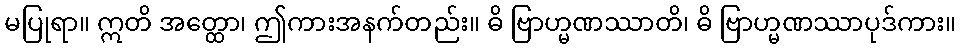
မပြုရာ။ ဣတိ အတ္ထော၊ ဤကားအနက်တည်း။ ဓိ ဗြာဟ္မဏဿာတိ၊ ဓိ ဗြာဟ္မဏဿာပုဒ်ကား။